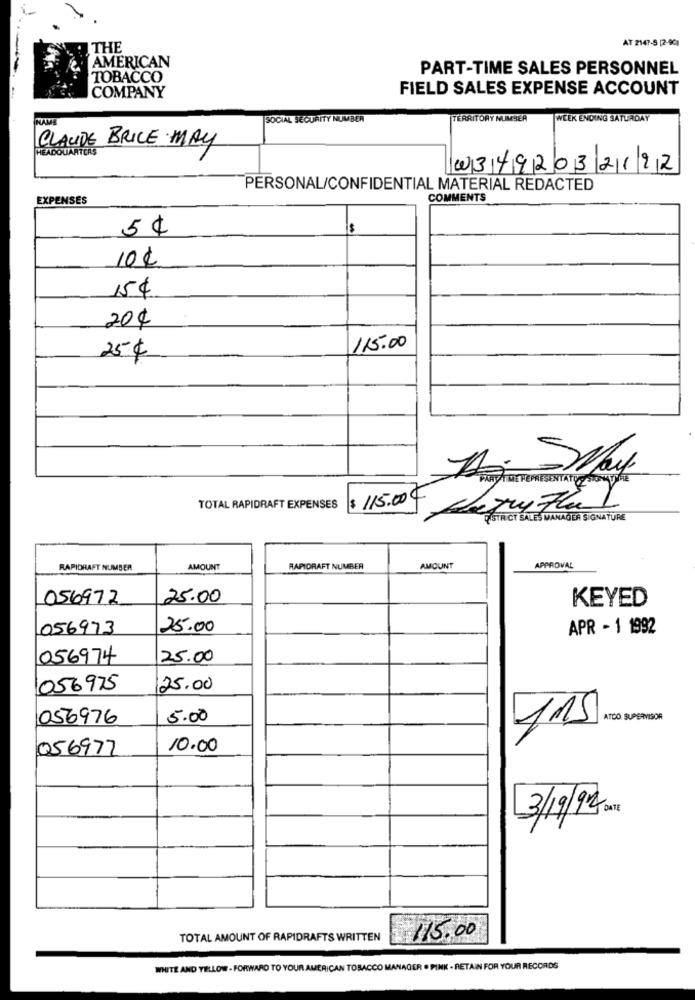
AT 2147-S [2-90)
THE
AMERICAN
PART-TIME SALES PERSONNEL
TOBACCO
COMPANY
FIELD SALES EXPENSE ACCOUNT
SOCIAL SECURITY NUMBER
TERRITORY NUMBER
WEEK ENDING SATURDAY
CLAUDE BRICE MAY
HEADQUARTERS
w3492032122
PERSONAL/CONFIDENTIAL MATERIAL REDACTED
EXPENSES
COMMENTS
$
5 ¢
10€
15€
20€
115.00
25€
TA -May
PART TIME THEPRESENTATO MONATURE
$ 115.00€
TOTAL RAPIDRAFT EXPENSES
FISTR CT SALES MANAGER SIGNATURE
RAPIDRAFT NUMBER
AMOUNT
RAPIDRAFT NUMBER
AMOUNT
APPROVAL
056972
25.00
KEYED
056973
25.00
APR - 1 1992
056974
25.00
056975
25.00
056976
5.00
115
056977
10.00
3/19/91 DIT
TOTAL AMOUNT OF RAPIDRAFTS WRITTEN
115.00
WHITE AND YELLOW - FORWARD TO YOUR AMERICAN TOBACCO MANAGER . PINK - RETAIN FOR YOUR RECORDS